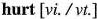
hurt [vi. /vt.]